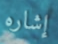
إشاره